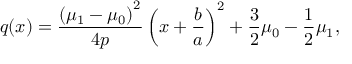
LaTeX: q ( x ) = { \frac { \left( \mu _ { 1 } - \mu _ { 0 } \right) ^ { 2 } } { 4 p } } \left( x + { \frac { b } { a } } \right) ^ { 2 } + { \frac { 3 } { 2 } } \mu _ { 0 } - { \frac { 1 } { 2 } } \mu _ { 1 } ,